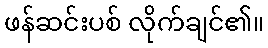
ဖန်ဆင်းပစ် လိုက်ချင်၏။